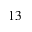
_ { 1 3 }